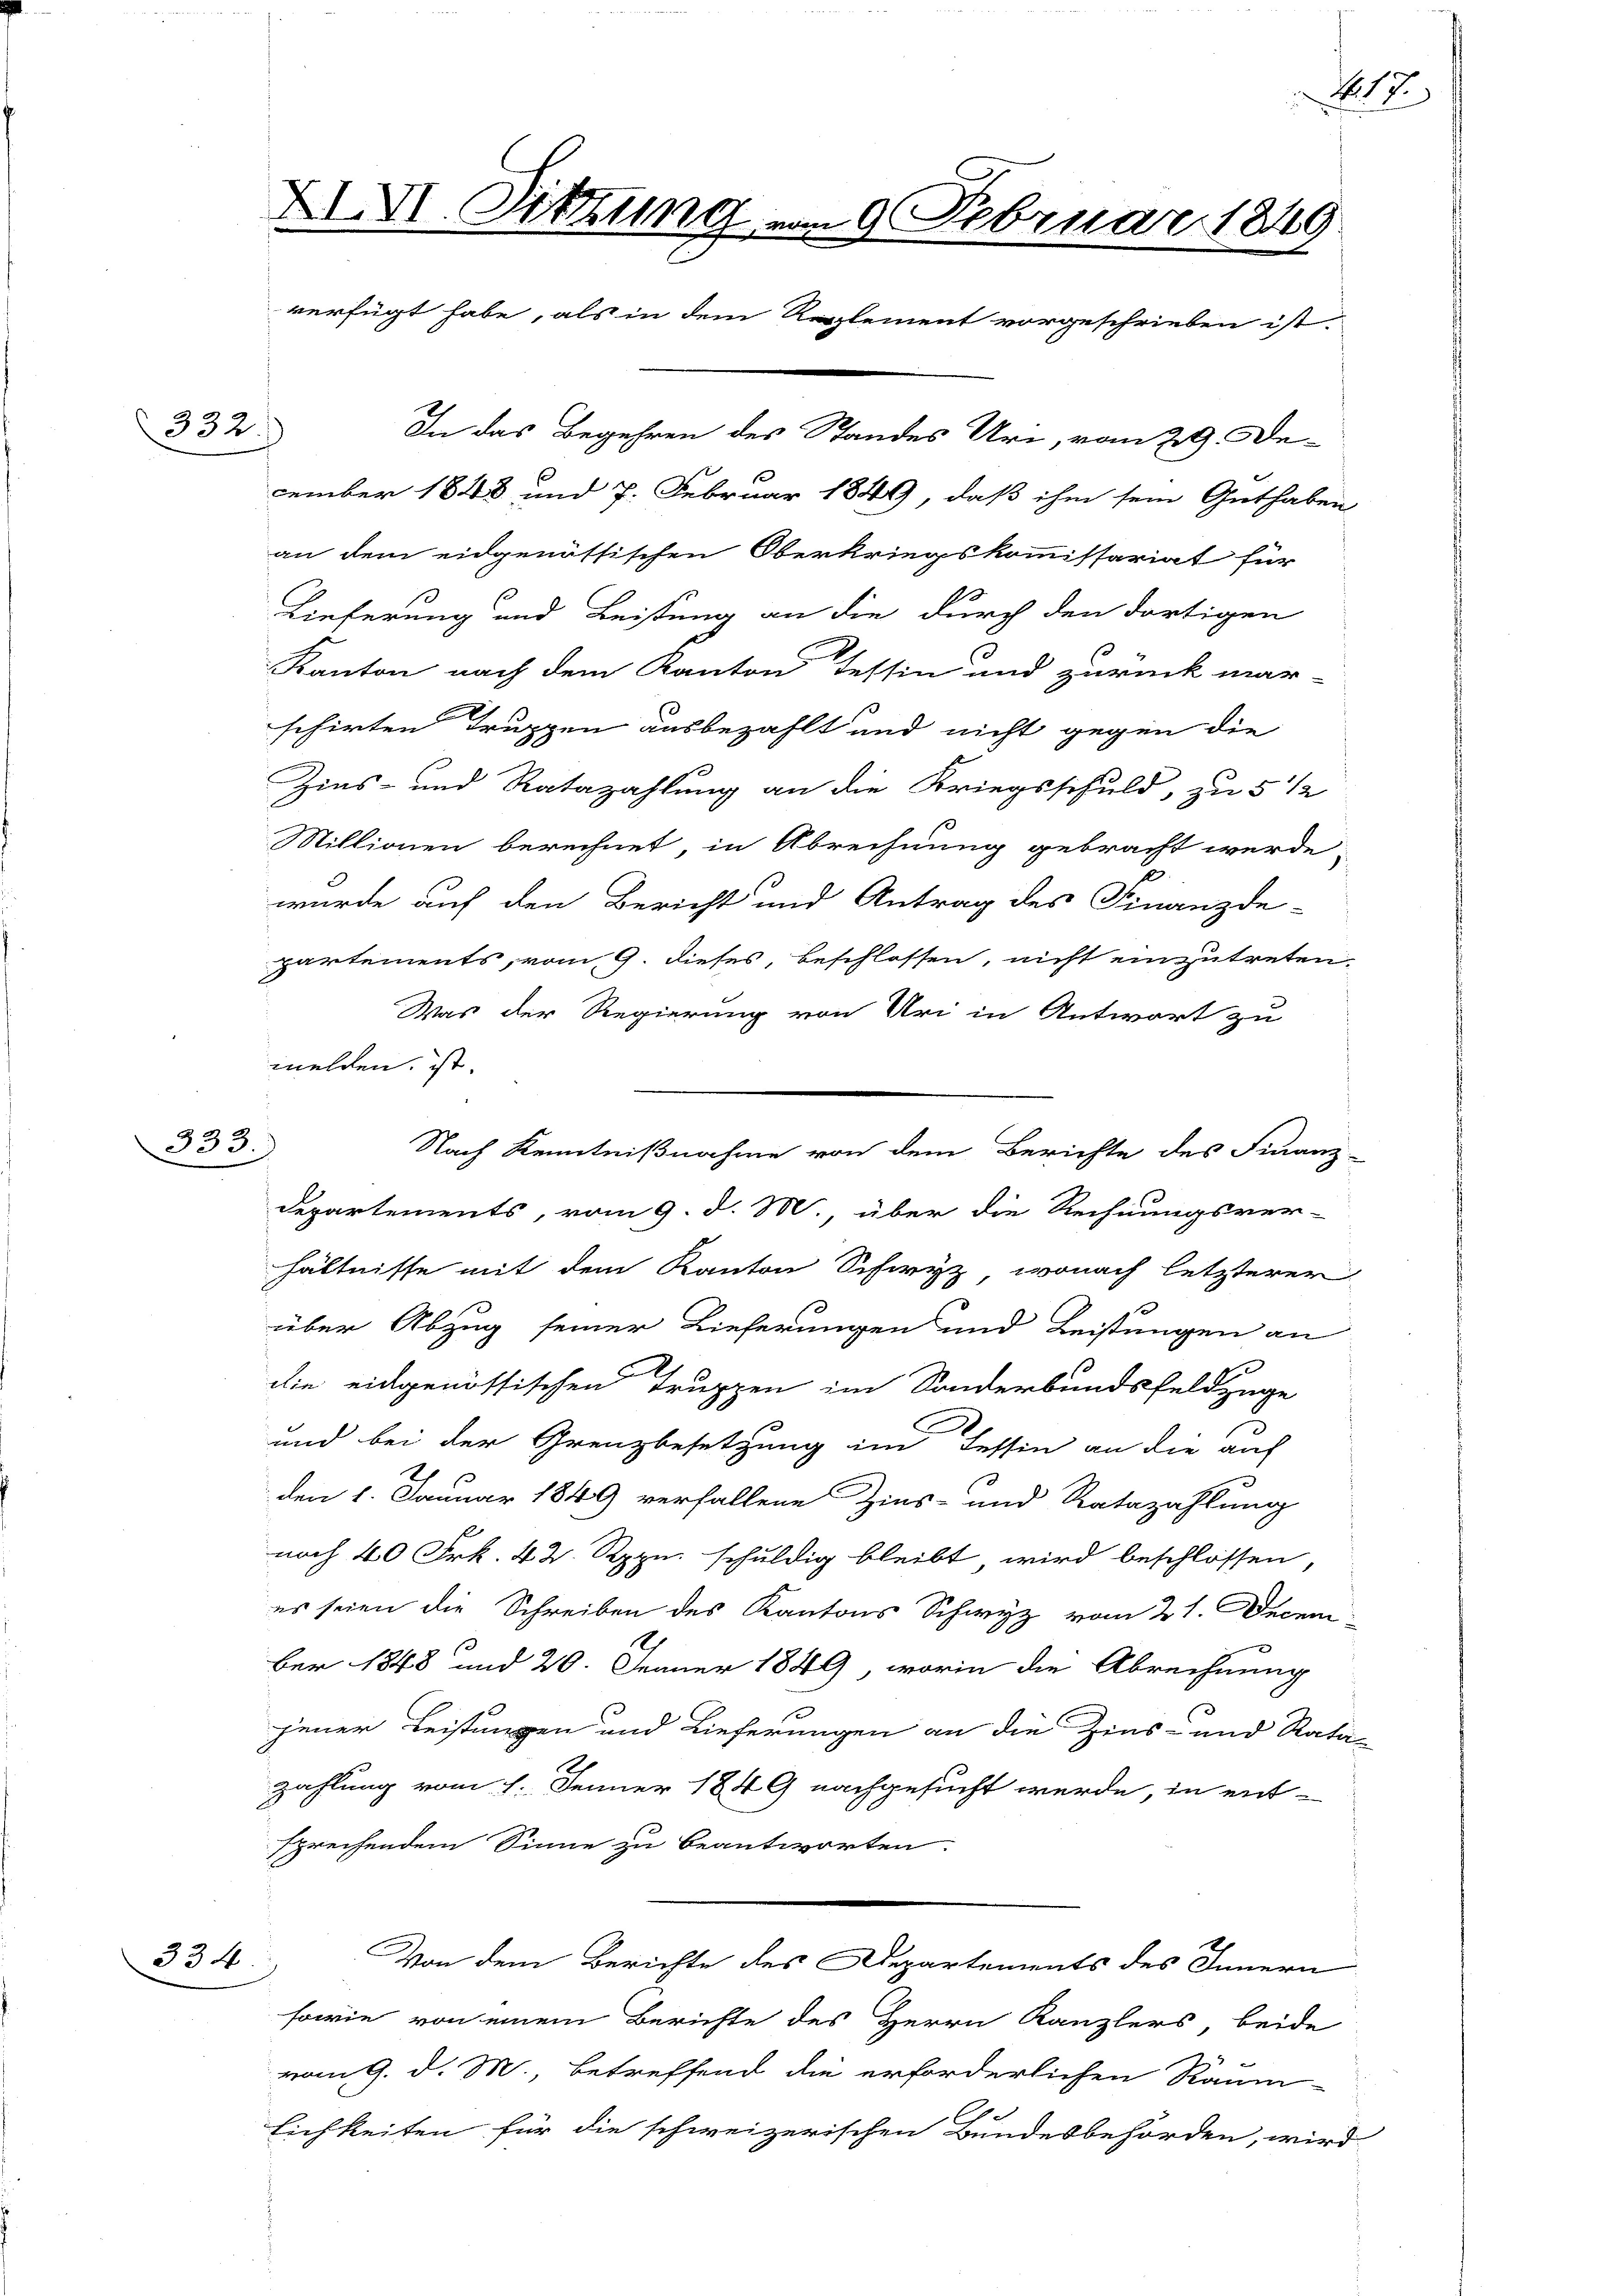
332

333.

334

XIV. Sitzung vom 9 Februar 1849.
verfügt habe, als in dem Reglement vorgeschrieben ist.
In das Begehren des Standes Uri, vom 29. Dezember 1843, und 7. Februar 1849, daß ihm sein Guthaben

an dem eidgenössischen Oberkriegskommissariat für
d.
Lieferung und Leistung an die durch den dortigen
Kanton nach dem Kanton Tessin und zurück mar-
schirten Truppen ausbezahlt und nicht gegen die
Zins- und Ratazahlung an die Kriegsschuld, zu 5 1/2
Millionen berechnet, in Abrechnung gebracht werde
2
wurde auf den Bericht und Antrag des Finanzde-
partements, vom 9. dieses, beschlossen, nicht einzutreten.
Was der Regierung von Uri in Antwort zu
melden ist.
Departements, vom 9. d. M., über die Rechnungsver-
hältnisse mit dem Kanton Schwyz, wonach letzterer
über Abzug seiner Lieferungen und Leistungen an
die eidgenössischen Truppen im Sonderbundsfeldzuge
und bei der Grenzbesetzung im Tessin an die auf
den 1. Januar 1849 verfallene Zins- und Ratazahlung
noch 40 Frk. 42. Rppn. schuldig bleibt wird beschlossen,
es seien die Schreiben des Kantons Schwyz vom 21. Decem
ber 1848 und 20. Jenner 1849, worin die Abrechnung
jener Leistungen und Lieferungen an die Zins- und Rata-
zahlung vom 1. Jenner 1849 nachgesucht werde, in entsprechendem Sinne zu beantworten.
Von dem Berichte des Departements des Innern
sowie von einem Berichte des Herrn Kanzlers, beide
vom 9. d. M., betreffend die erforderlichen Raum-
lichkeiten für die schweizerischen Bundesbehörden, wird

Nach Kenntnißnahme von dem Berichte des Finanz-

117